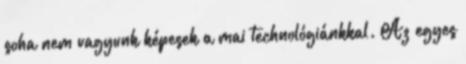
soha nem vagyunk képesek a mai technológiánkkal. Az egyes